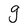
Character: g